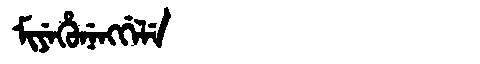
Manchu: ᠮᡳᠶᡝᡥᡠᠨᡝᠩᡤᡝᠯᡝ
Romanization: MIYEHUNENGGELE